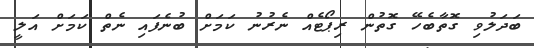
ބަދަލުވި ގޮތާބެހޭ ގޮތުން ރިޕޯޓެއް ނެރުނު ކަމަށް ބުނެފައި ނެތް ކަމަށް އަލީ